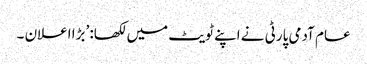
عام آدمی پارٹی نے اپنے ٹویٹ میں لکھا: ’بڑا اعلان ۔